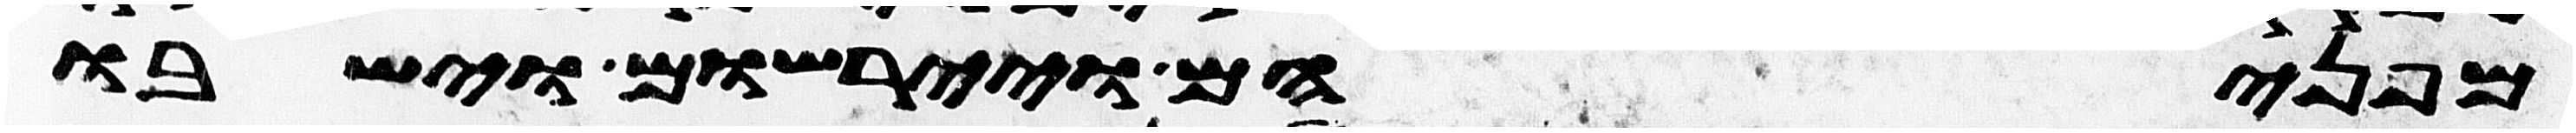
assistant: מפניהם ויירשום וישבו